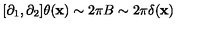
[ \partial _ { 1 } , \partial _ { 2 } ] \theta ( { \bf x } ) \sim 2 \pi B \sim 2 \pi \delta ( { \bf x } )